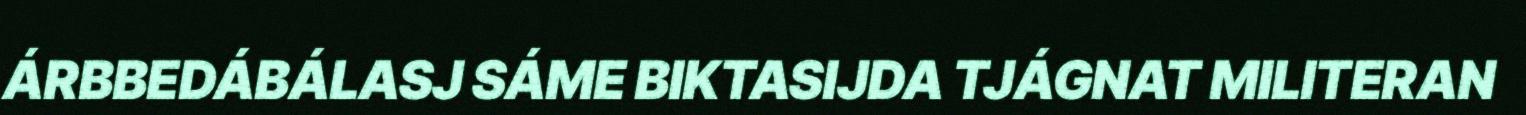
ÁRBBEDÁBÁLASJ SÁME BIKTASIJDA TJÁGNAT MILITERAN